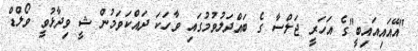
"އޭއައިއައިބީ"ގެ އަހަރީ ޖަލްސާ ގެ ބައްދަލުވުމުގައި ވާހަކަ ދައްކަވަމުން ޝީ ވިދާޅުވީ ވޯލްޑް